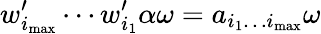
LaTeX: w_{i_{\mathrm{max}}}^{\prime}\cdots w_{i_{1}}^{\prime}\alpha\omega=a_{i_{1}\dots i_{\mathrm{max}}}\omega